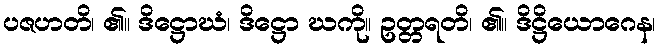
ပဇဟတိ၊ ၏။ ဒိဋ္ဌောဃံ၊ ဒိဋ္ဌော ဃကို။ ဥတ္တရတိ၊ ၏။ ဒိဋ္ဌိယောဂေန၊